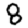
Digit: 8